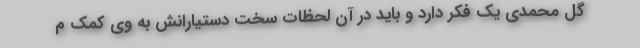
گل محمدی یک فکر دارد و باید در آن لحظات سخت دستیارانش به وی کمک م